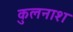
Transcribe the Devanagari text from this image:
कुलनाश